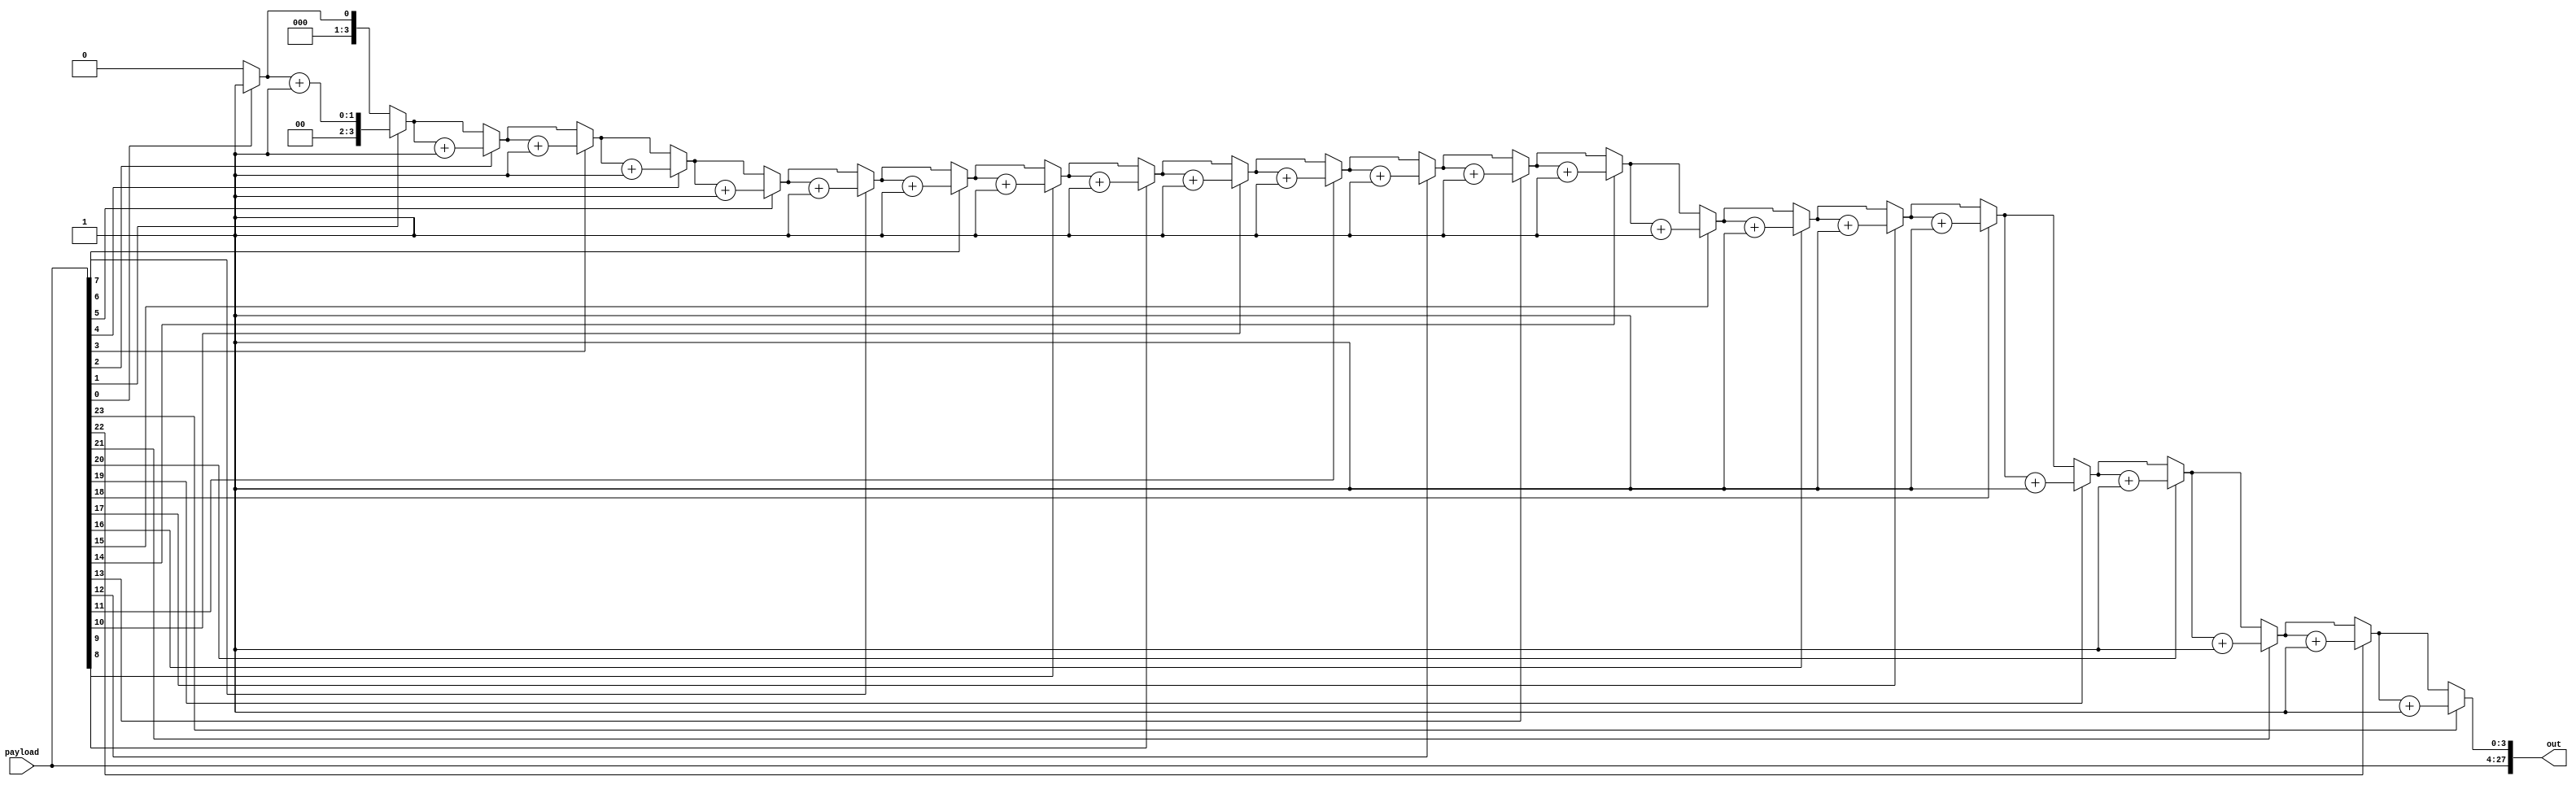
module checksum_encoder(input [23:0] payload, output reg [27:0] out);

	integer i;
	reg [5:0] count;
	parameter [5:0] load = 6'd24;	
always@(*) begin
	count = 6'b0;
	for(i = 0; i < load; i = i + 1) begin
		if(payload[i] == 1'b1) begin
			count = count + 1'b1;
		end
	end
	//mod 16 is just the lower 4 bits
	out = {payload, count[3:0]};
end

endmodule